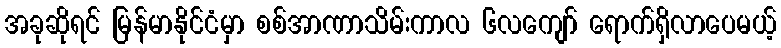
အခုဆိုရင် မြန်မာနိုင်ငံမှာ စစ်အာဏာသိမ်းကာလ ၆လကျော် ရောက်ရှိလာပေမယ့်